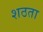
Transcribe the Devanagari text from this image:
शठता